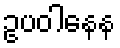
ဥပဝါနေန